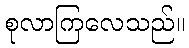
စုလာကြလေသည်။